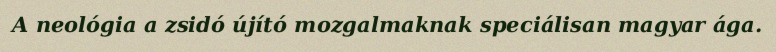
A neológia a zsidó újító mozgalmaknak speciálisan magyar ága.